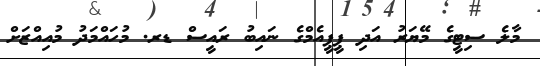
މާލެ ސިޓީގެ މޭޔަރު އަދި ޕީޕީއެމްގެ ނައިބު ރައީސް ޑރ. މުހައްމަދު މުއިއްޒަށް